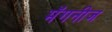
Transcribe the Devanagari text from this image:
मॅगनीज